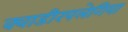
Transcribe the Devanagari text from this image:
क्वाडीरपलेगिया